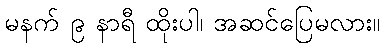
မနက် ၉ နာရီ ထိုးပါ၊ အဆင်ပြေမလား။